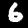
Digit: 6